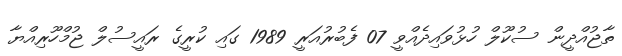
ތާޖުއްދީން ސުކޫލް ހުޅުވައިދެއްވީ 07 ފެބުރުއަރީ 1989 ގައި ކުރީގެ ރައީސުލް ޖުމްހޫރިއްޔާ